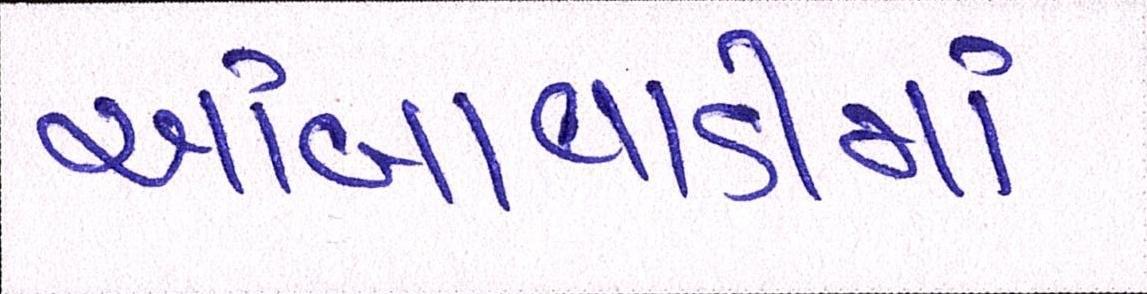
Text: આંબાવાડીમાં